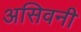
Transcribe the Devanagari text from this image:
असिवनी